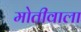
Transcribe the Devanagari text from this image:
मोतीवाला